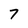
Character: 7